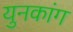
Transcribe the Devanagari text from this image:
युनकांग